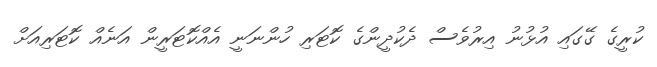
ކުރީގެ ގޭގައި އުޅުނު އިރުވެސް ދެކުދީންގެ ކޮޓަރި ހުންނަނީ އެއްކޮޓަރީން އަނެއް ކޮޓަރިއަށް